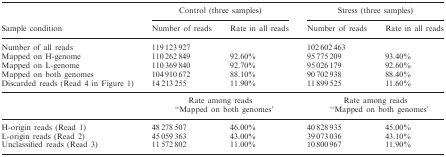
<table><thead><tr><td></td><td colspan="2"><b>Control (three samples)</b></td><td colspan="2"><b>Stress (three samples)</b></td></tr><tr><td><b>Sample condition</b></td><td><b>Number of reads</b></td><td><b>Rate in all reads</b></td><td><b>Number of reads</b></td><td><b>Rate in all reads</b></td></tr></thead><tbody><tr><td>Number of all reads</td><td>119 123 927</td><td></td><td>102 602 463</td><td></td></tr><tr><td>Mapped on H-genome</td><td>110 262 849</td><td>92.60%</td><td>95 775 209</td><td>93.40%</td></tr><tr><td>Mapped on L-genome</td><td>110 369 840</td><td>92.70%</td><td>95 026 179</td><td>92.60%</td></tr><tr><td>Mapped on both genomes</td><td>104 910 672</td><td>88.10%</td><td>90 702 938</td><td>88.40%</td></tr><tr><td>Discarded reads (Read 4 in Figure 1)</td><td>14 213 255</td><td>11.90%</td><td>11 899 525</td><td>11.60%</td></tr><tr><td></td><td colspan="2">Rate among reads “Mapped on both genomes’</td><td colspan="2">Rate among reads “Mapped on both genomes’</td></tr><tr><td>H-origin reads (Read 1)</td><td>48 278 507</td><td>46.00%</td><td>40 828 935</td><td>45.00%</td></tr><tr><td>L-origin reads (Read 2)</td><td>45 059 363</td><td>43.00%</td><td>39 073 036</td><td>43.10%</td></tr><tr><td>Unclassified reads (Read 3)</td><td>11 572 802</td><td>11.00%</td><td>10 800 967</td><td>11.90%</td></tr></tbody></table>